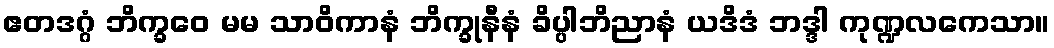
ဧတဒဂ္ဂံ ဘိက္ခဝေ မမ သာဝိကာနံ ဘိက္ခုနီနံ ခိပ္ပါဘိညာနံ ယဒိဒံ ဘဒ္ဒါ ကုဏ္ဍလကေသာ။